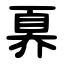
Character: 奡